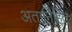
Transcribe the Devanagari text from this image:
अतार्निहित